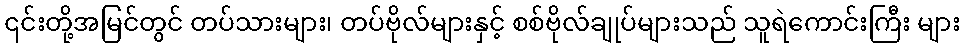
၎င်းတို့အမြင်တွင် တပ်သားများ၊ တပ်ဗိုလ်များနှင့် စစ်ဗိုလ်ချုပ်များသည် သူရဲကောင်းကြီး များ